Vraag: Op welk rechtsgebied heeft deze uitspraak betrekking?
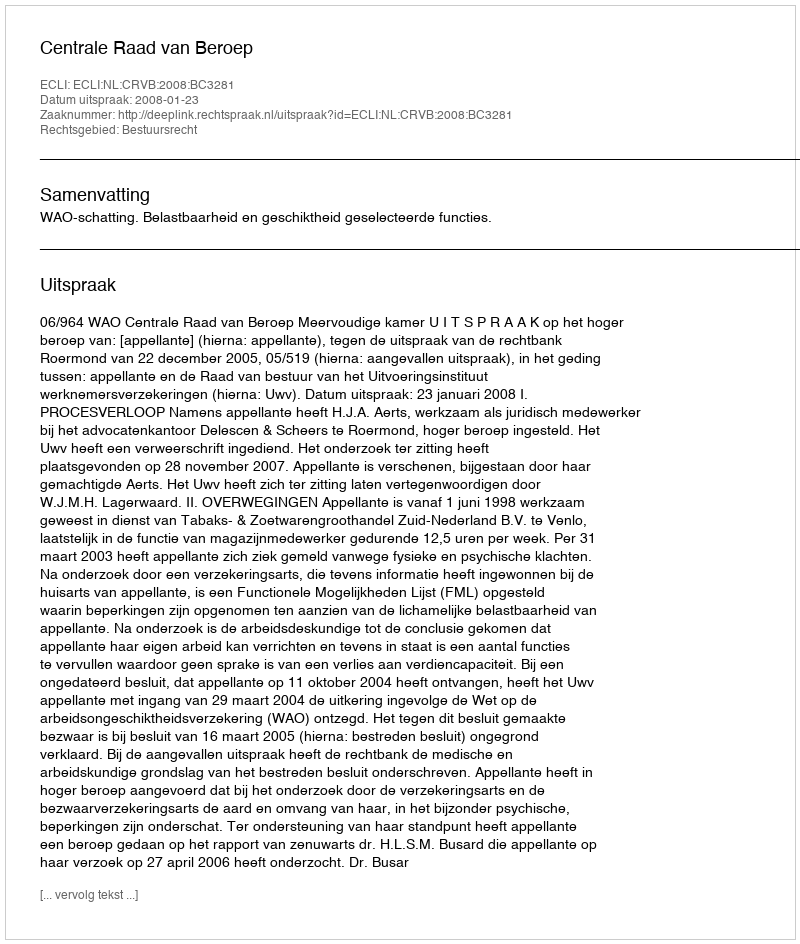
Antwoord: Bestuursrecht